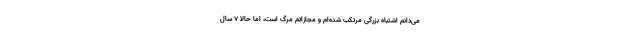
می‌دانم اشتباه بزرگی مرتکب شده‌ام و مجازاتم مرگ است، اما حالا ۷ سال